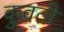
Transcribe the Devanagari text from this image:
कुवती